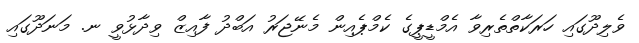
ވެލިދޫގައި ހަރަކާތްތެރިވާ އެމްޑީޕީގެ ކެމްޕެއިން މެނޭޖަރު އަބްދު ފާއިޒް ވިދާޅުވީ ނ. މަނަދޫގައި